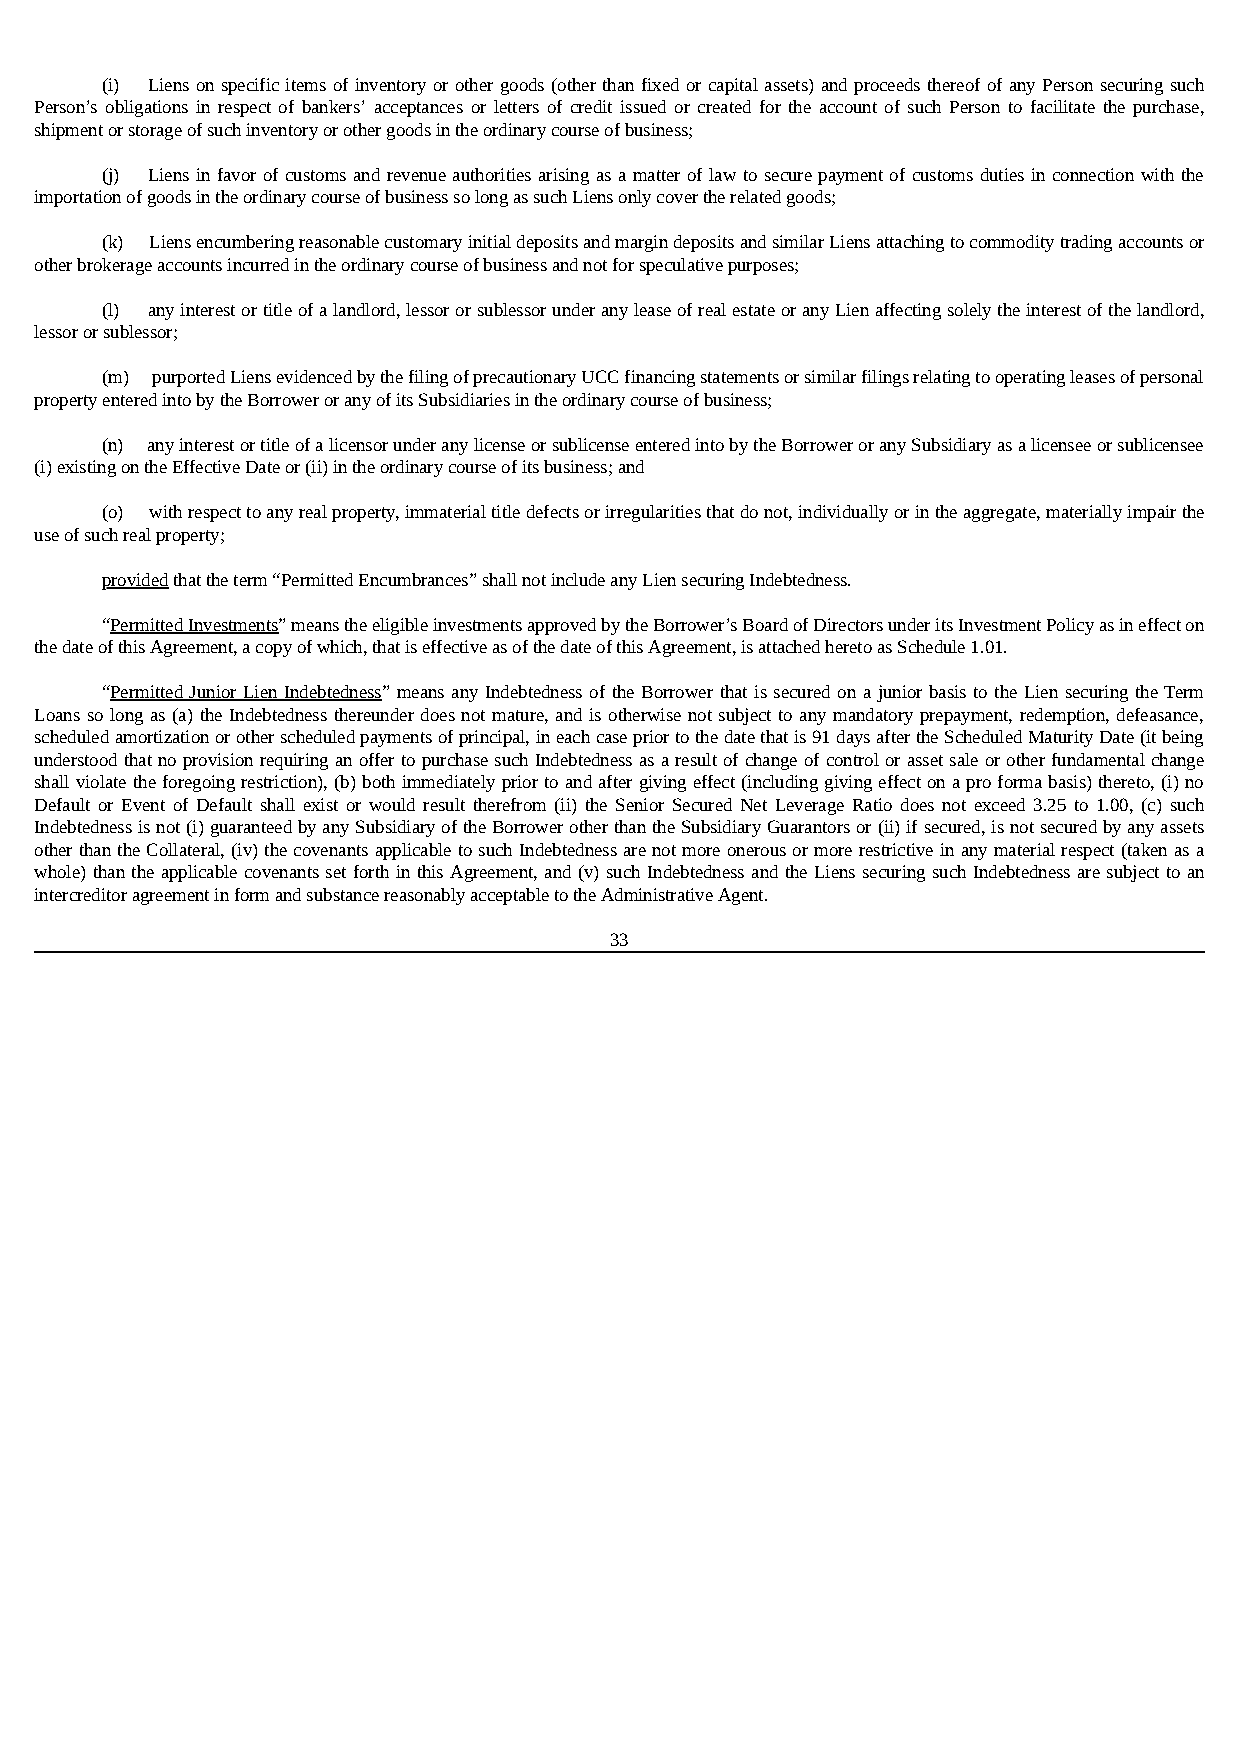
(i) Liens on specific items of inventory or other goods (other than fixed or capital assets) and proceeds thereof of any Person securing such
 Person’s obligations in respect of bankers’ acceptances or letters of credit issued or created for the account of such Person to facilitate the purchase,
 shipment or storage of such inventory or other goods in the ordinary course of business;
 (j) Liens in favor of customs and revenue authorities arising as a matter of law to secure payment of customs duties in connection with the
 importation of goods in the ordinary course of business so long as such Liens only cover the related goods;
 (k) Liens encumbering reasonable customary initial deposits and margin deposits and similar Liens attaching to commodity trading accounts or
 other brokerage accounts incurred in the ordinary course of business and not for speculative purposes;
 (l) any interest or title of a landlord, lessor or sublessor under any lease of real estate or any Lien affecting solely the interest of the landlord,
 lessor or sublessor;
 (m) purported Liens evidenced by the filing of precautionary UCC financing statements or similar filings relating to operating leases of personal
 property entered into by the Borrower or any of its Subsidiaries in the ordinary course of business;
 (n) any interest or title of a licensor under any license or sublicense entered into by the Borrower or any Subsidiary as a licensee or sublicensee
 (i) existing on the Effective Date or (ii) in the ordinary course of its business; and
 (o) with respect to any real property, immaterial title defects or irregularities that do not, individually or in the aggregate, materially impair the
 use of such real property;
 provided that the term “Permitted Encumbrances” shall not include any Lien securing Indebtedness.
 “Permitted Investments” means the eligible investments approved by the Borrower’s Board of Directors under its Investment Policy as in effect on
 the date of this Agreement, a copy of which, that is effective as of the date of this Agreement, is attached hereto as Schedule 1.01.
 “Permitted Junior Lien Indebtedness” means any Indebtedness of the Borrower that is secured on a junior basis to the Lien securing the Term
 Loans so long as (a) the Indebtedness thereunder does not mature, and is otherwise not subject to any mandatory prepayment, redemption, defeasance,
 scheduled amortization or other scheduled payments of principal, in each case prior to the date that is 91 days after the Scheduled Maturity Date (it being
 understood that no provision requiring an offer to purchase such Indebtedness as a result of change of control or asset sale or other fundamental change
 shall violate the foregoing restriction), (b) both immediately prior to and after giving effect (including giving effect on a pro forma basis) thereto, (i) no
 Default or Event of Default shall exist or would result therefrom (ii) the Senior Secured Net Leverage Ratio does not exceed 3.25 to 1.00, (c) such
 Indebtedness is not (i) guaranteed by any Subsidiary of the Borrower other than the Subsidiary Guarantors or (ii) if secured, is not secured by any assets
 other than the Collateral, (iv) the covenants applicable to such Indebtedness are not more onerous or more restrictive in any material respect (taken as a
 whole) than the applicable covenants set forth in this Agreement, and (v) such Indebtedness and the Liens securing such Indebtedness are subject to an
 intercreditor agreement in form and substance reasonably acceptable to the Administrative Agent.
 33